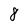
Character: 8